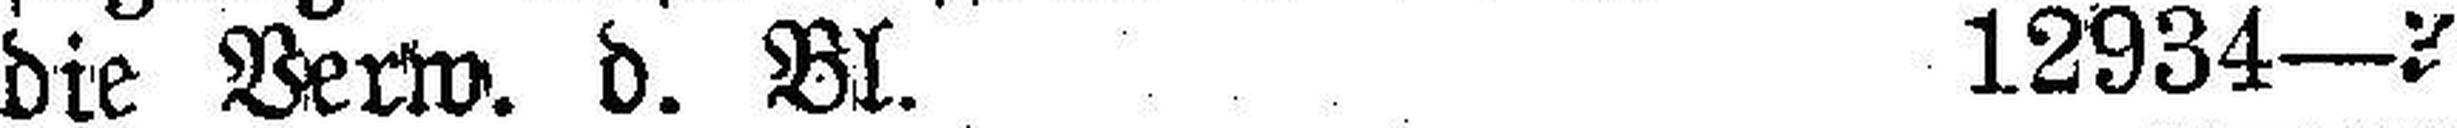
die Verw. d. Bl. 12934—3